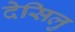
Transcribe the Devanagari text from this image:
देसिलु